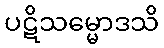
ပဋိသမ္မောဒသိ